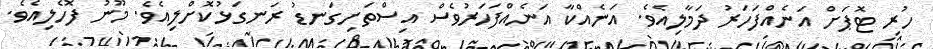
ހުރި ޓޮޕަށް އަނެއްފަހަރު ދަމާލިއެވެ. އަނެއްކާ އަނެއްފަހަރުވެސް އިސްތަށިގަނޑު ރަނގަޅުކޮށްލިއެވެ. މޫނު ފޮހެލިއެވެ.